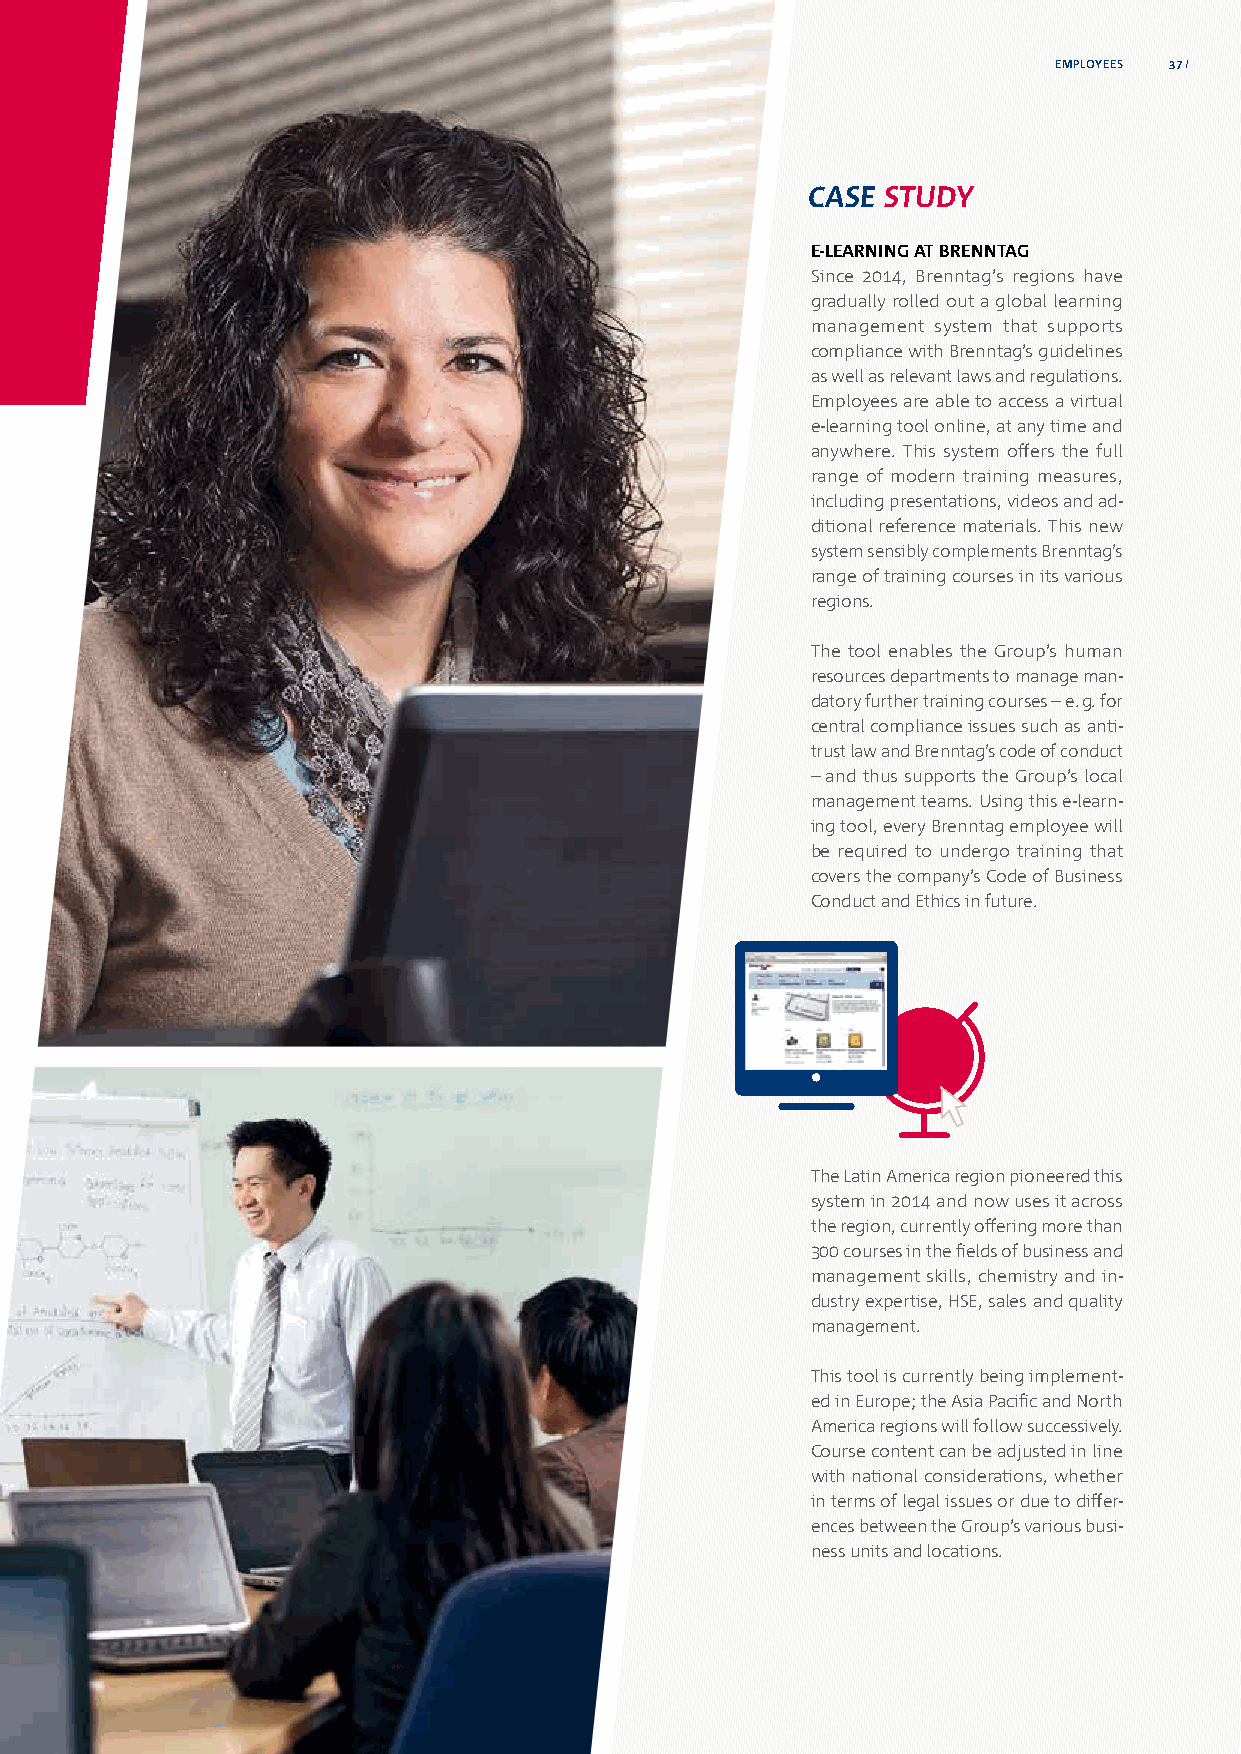
EMPLOYEES 37
 CASE STUDY
 E-LEARNING AT BRENNTAG
 Since 2014, Brenntag’s regions have
 gradually rolled out a global learning
 management system that supports
 compliance with Brenntag’s guidelines
 as well as relevant laws and regulations.
 Employees are able to access a virtual
 e-learning tool online, at any time and
 anywhere. This system offers the full
 range of modern training measures,
 including presentations, videos and ad-
 ditional reference materials. This new
 system sensibly complements Brenntag’s
 range of training courses in its various
 regions.
 The tool enables the Group’s human
 resources departments to manage man-
 datory further training courses – e. g. for
 central compliance issues such as anti-
 trust law and Brenntag’s code of conduct
 – and thus supports the Group’s local
 management teams. Using this e-learn-
 ing tool, every Brenntag employee will
 be required to undergo training that
 covers the company’s Code of Business
 Conduct and Ethics in future.
 The Latin America region pioneered this
 system in 2014 and now uses it across
 the region, currently offering more than
 300 courses in the fields of business and
 management skills, chemistry and in-
 dustry expertise, HSE, sales and quality
 management.
 This tool is currently being implement-
 ed in Europe; the Asia Pacific and North
 America regions will follow successively.
 Course content can be adjusted in line
 with national considerations, whether
 in terms of legal issues or due to differ-
 ences between the Group’s various busi-
 ness units and locations.